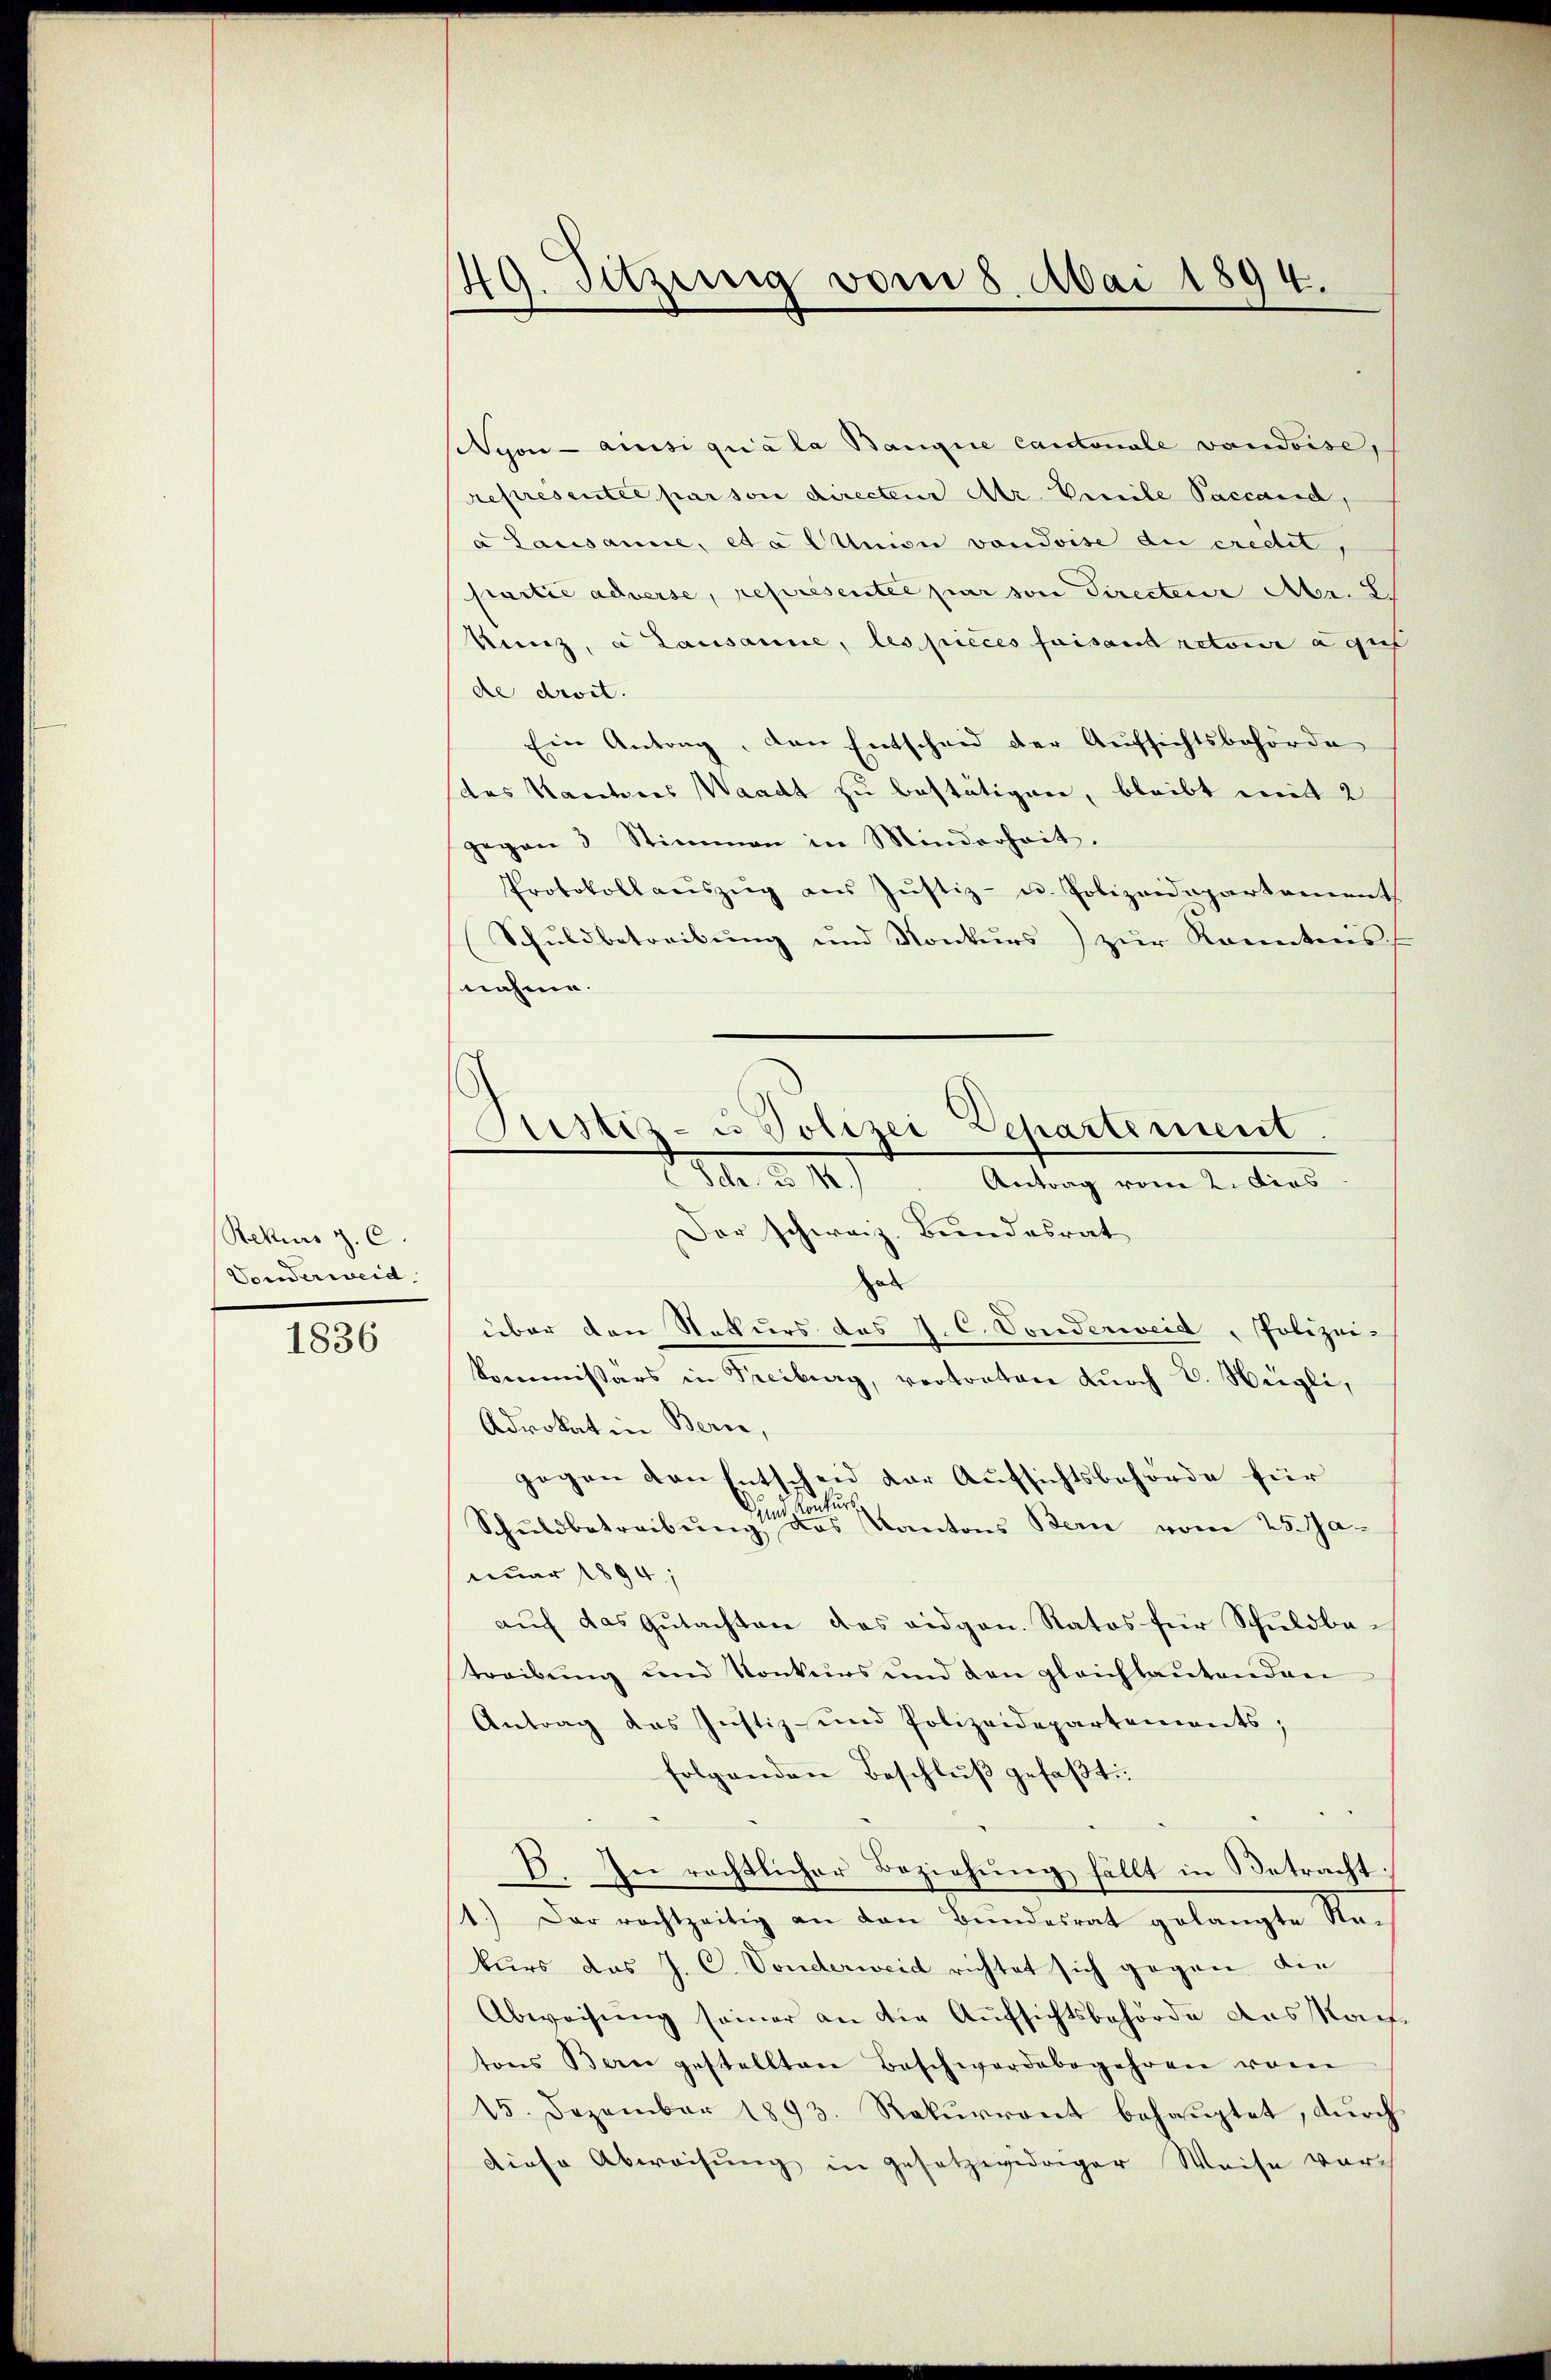
Rekurs p. C.
Vonderweid.
1836

49. Sitzung vom 8. Mai 1894.

Nyon - amisi quala Bangie Cantonale vaudoise,
representée par son directeur Mtr. Emile Paccand,
a Lausanne, eta Ction vondoise au credit,
partie adverse, représentée par von Directeur Abr. 2.
Kunz, a Lausanne, les pieces faisant retour agis
de droit.
Ein Antrag, den Entscheid der Aufsichtsbehörde
das Kantones Waadt zu bestätigen, bleibt mit 2
gegen 3 Stimmen in Minderheit.
Protokoll aŭszŭg ans Jŭstiz- u. Polizeidepartament
Schuldbetreibung und Konkurs) zur Kenntnis
nahme.
Hal
über den Nekurs des J. C. Vonderweid, Polizei-
kommissärs in Treiburg, vortraten durch C. Weigli,
Advokat in Bern,
gegen den Entscheid der Aufsichtsbehörde für
Dum. Konkurs
Schuldbetreibŭng des Kantons Bern vom 25. Ja
nuar 1894;
auf das Gutachten das eidgen. Ratos für Schuldbatreibŭng und Konkurs und den gleichlaŭtenden
Antrag das Justiz- und Polizeidepartements;
folgenden Beschluß gefaßt:
3. In rechtlicher Beziehŭng fällt in Betracht
1.) Der rechtzeitig an den Bundesrat gelangte Rekurs das J. C. Vonderweid richtet sich gegen die
Abweisung seiner an die Aufsichtsbehörde das Kauftons Bern gestellten Beschwerdebegehren vom
15. Dezember 1893. Rekurrent behauptet, durch
diese Abweisung in gesetzwidriger Weise durch

Sistiz- u Polizei Departement
I. d. 12
Antrag vom 2. dies
Der schweiz. Bundesrat